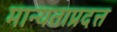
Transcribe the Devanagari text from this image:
मान्यताप्रदत्त